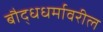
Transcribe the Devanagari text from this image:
बौद्धधर्मावरील